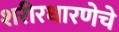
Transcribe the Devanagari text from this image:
शरीरधारणेचे